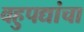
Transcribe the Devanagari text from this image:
वहुपद्यांचा